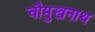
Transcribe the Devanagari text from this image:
चौमुखनाथ